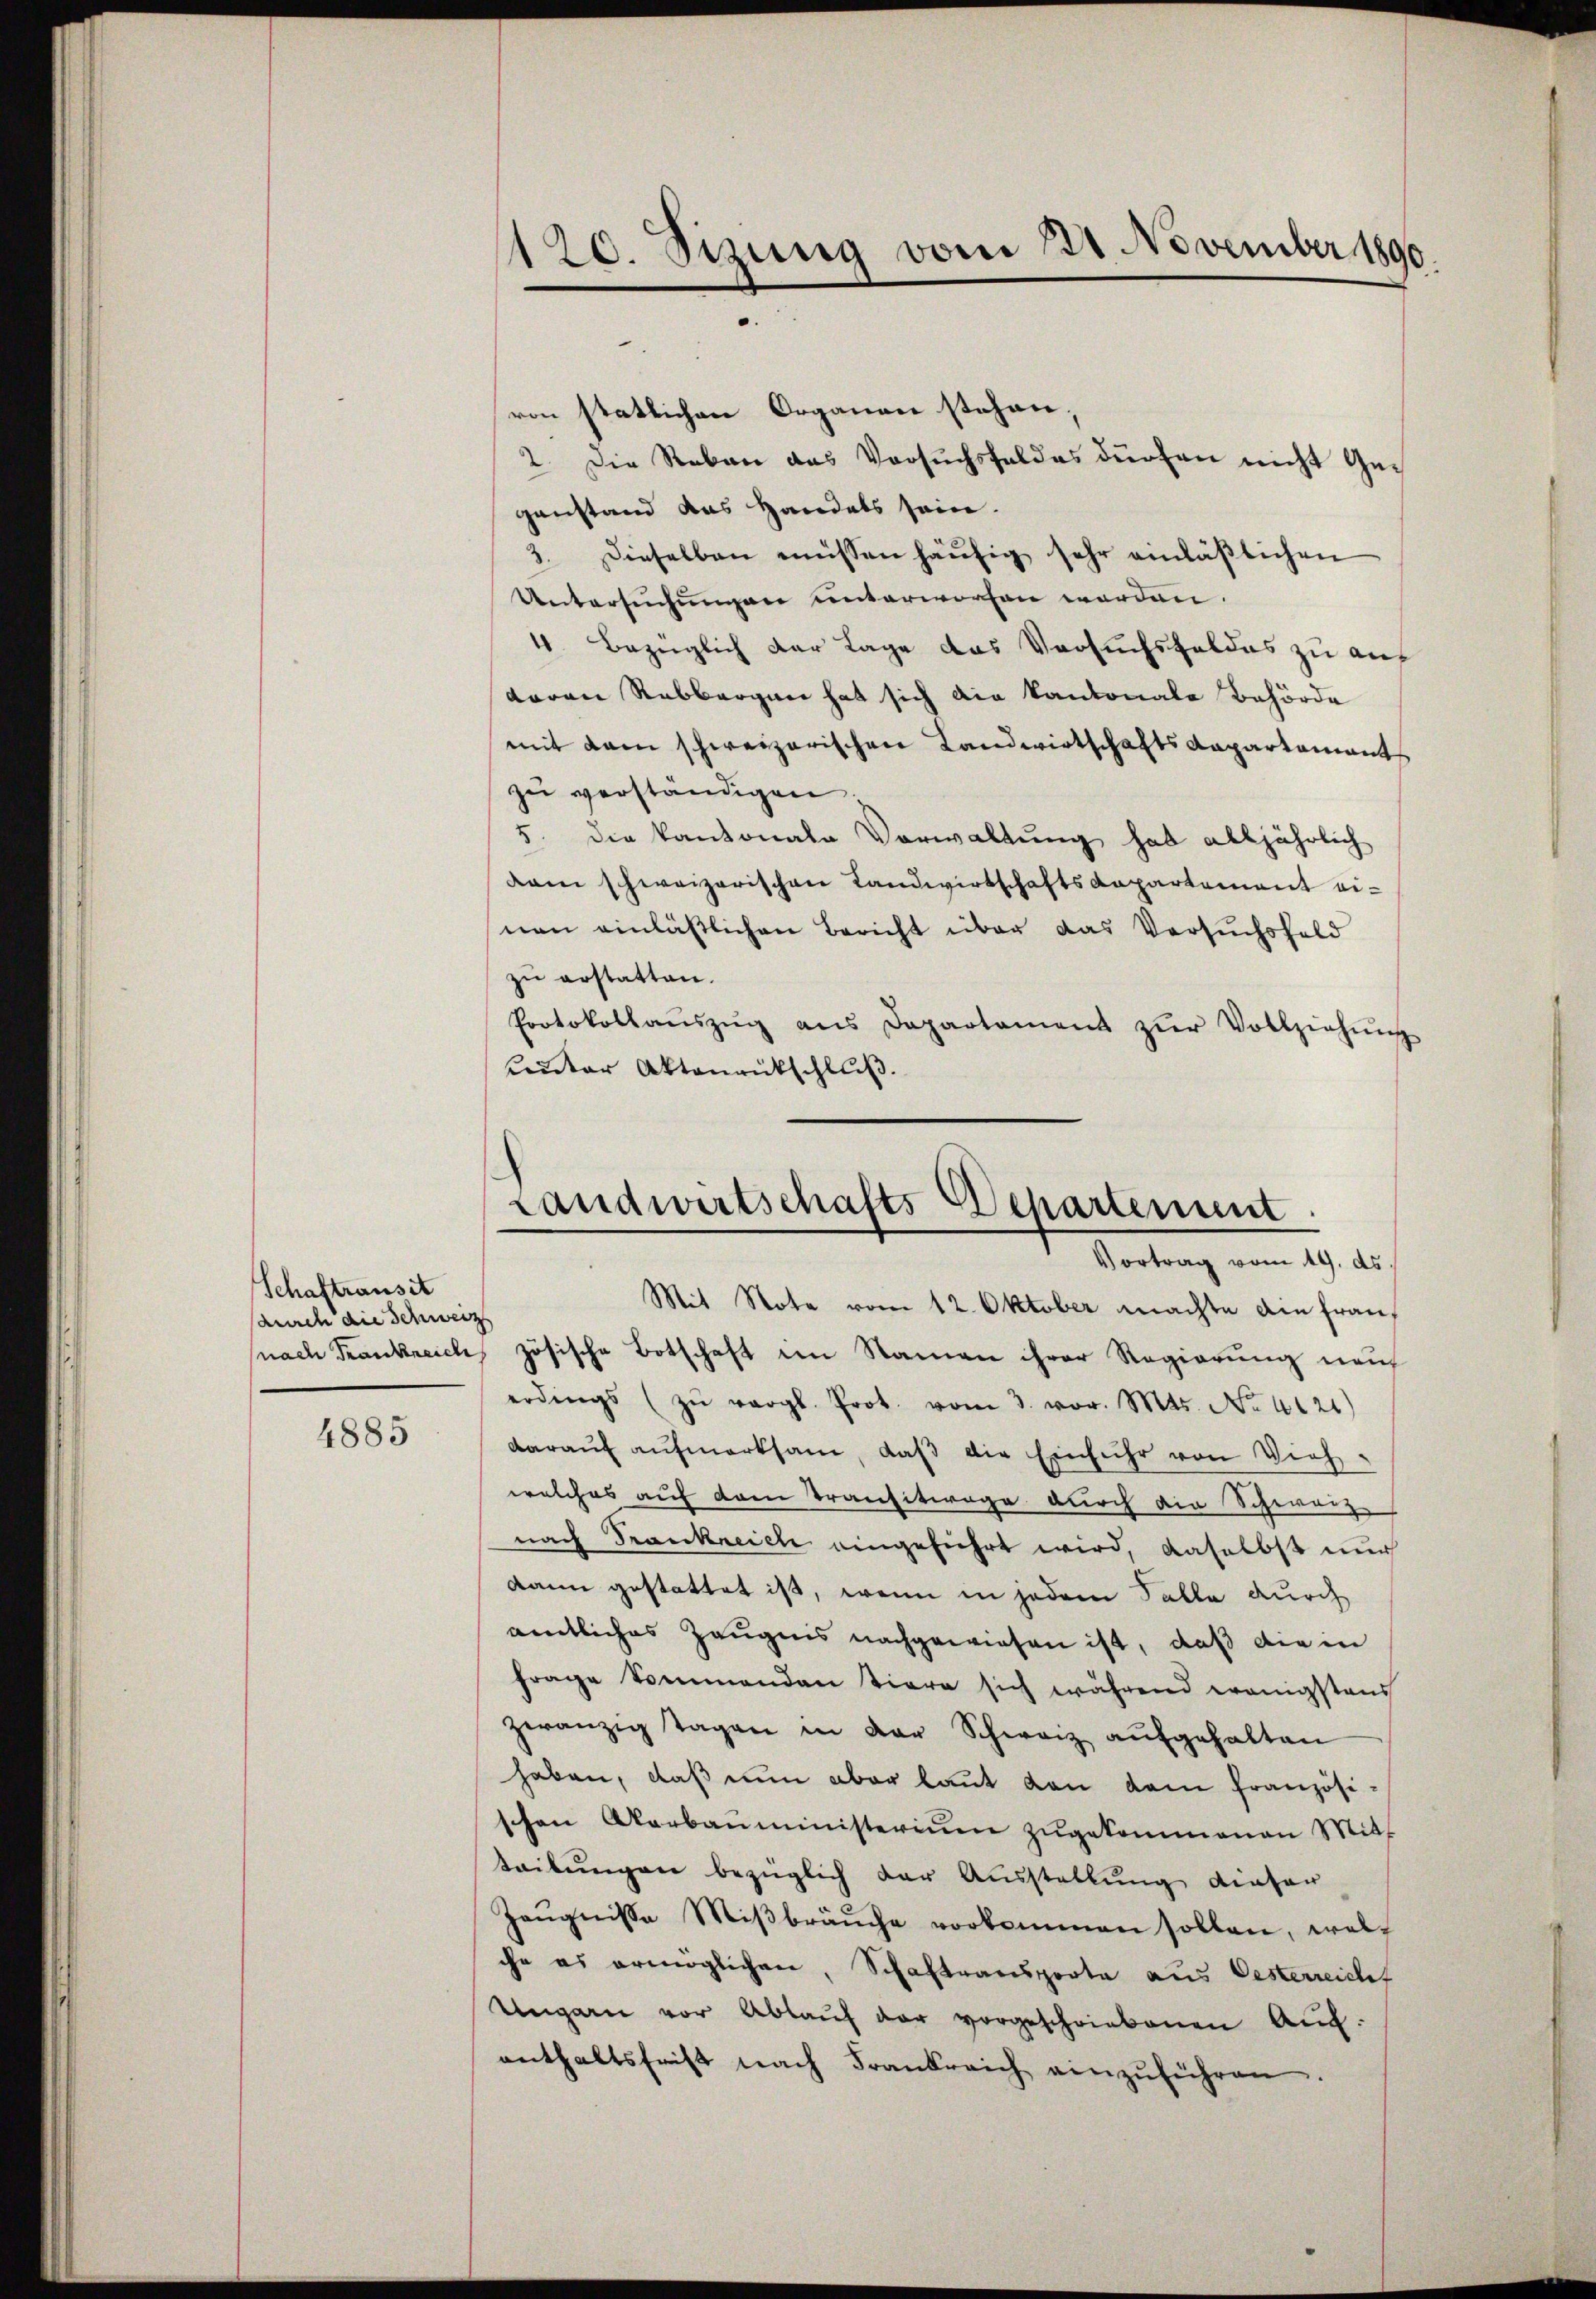
Schaftransit
aurch die Schweiz

4885

von statlichen Organen stehen,
2. Die Reben das Versuchsfeldes dürfen nicht Geganstand das Handels sein.
3. Dieselben müssen häŭfig sehr einläßlichen
Untersuchungen unterworfen worden.
4. Bezüglich der Lage das Versuchsfeldes zu auf
daren Rabbergen hat sich die Kantonale Behörde
mit dem schweizerischen Landwirtschafts-Kapartamant
zŭ verständigen.
5. die Kantonale Verwaltung hat alljährlich
dam schweizerischen Landwirtschafts-Kapartement einen einläßlichen Bericht über das Versuchsfeld
zu erstatten.
Protokollaŭszŭg ans Departament zŭr Vollziehŭng
Ceder Aktenrutschluß.

nach Frankreich, zösische Botschaft im Namen ihrer Regierung nauf
erdings (zŭ vergl. Prot. vom 3. vor. Mts. No. 4121)
darauf aufmerksam, daß die Einfuhr von Vieh-
welches auf dem Transitwage durch die Schwarz
nach Frankreich eingeführt wird, daselbst nur
kann gestattet ist, wenn in jedem Falle durch
amtliches Zeugnis nachgewiesen ist, daß die in
frage kommenden tiere sich während wenigstens
zeranzig Tagen in der Schweiz aŭfgehalten
haben, daß nun aber laut von dem Französischon Aarbaŭministeriŭm zŭgekommenen Mitt
teilungen bezüglich der Ausstellung dieser
Zeŭgnisse Miβbraŭche vorkommen sollen, welch
che es ermöglichen, Schaftsansporte aus Oesterreicht
Ungarn vor Ablaŭf der vorgeschriebenen Aufenthaltsfrist nach Frankreich einzŭführen.

120. Sizung vom 123. November 1890.

Landwirtschafts Departement.
Vortrag vom 19. ds.
Mit Note vom 12. Oktober machte in fran¬